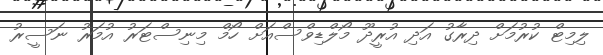
ލިމިޓް ކުރުމަށް ދިރާގު އަދި އުރީދޫ މޯލްޑިވްސްއަށް ހޯމް މިނިސްޓަރު އުމަރު ނަސީރު